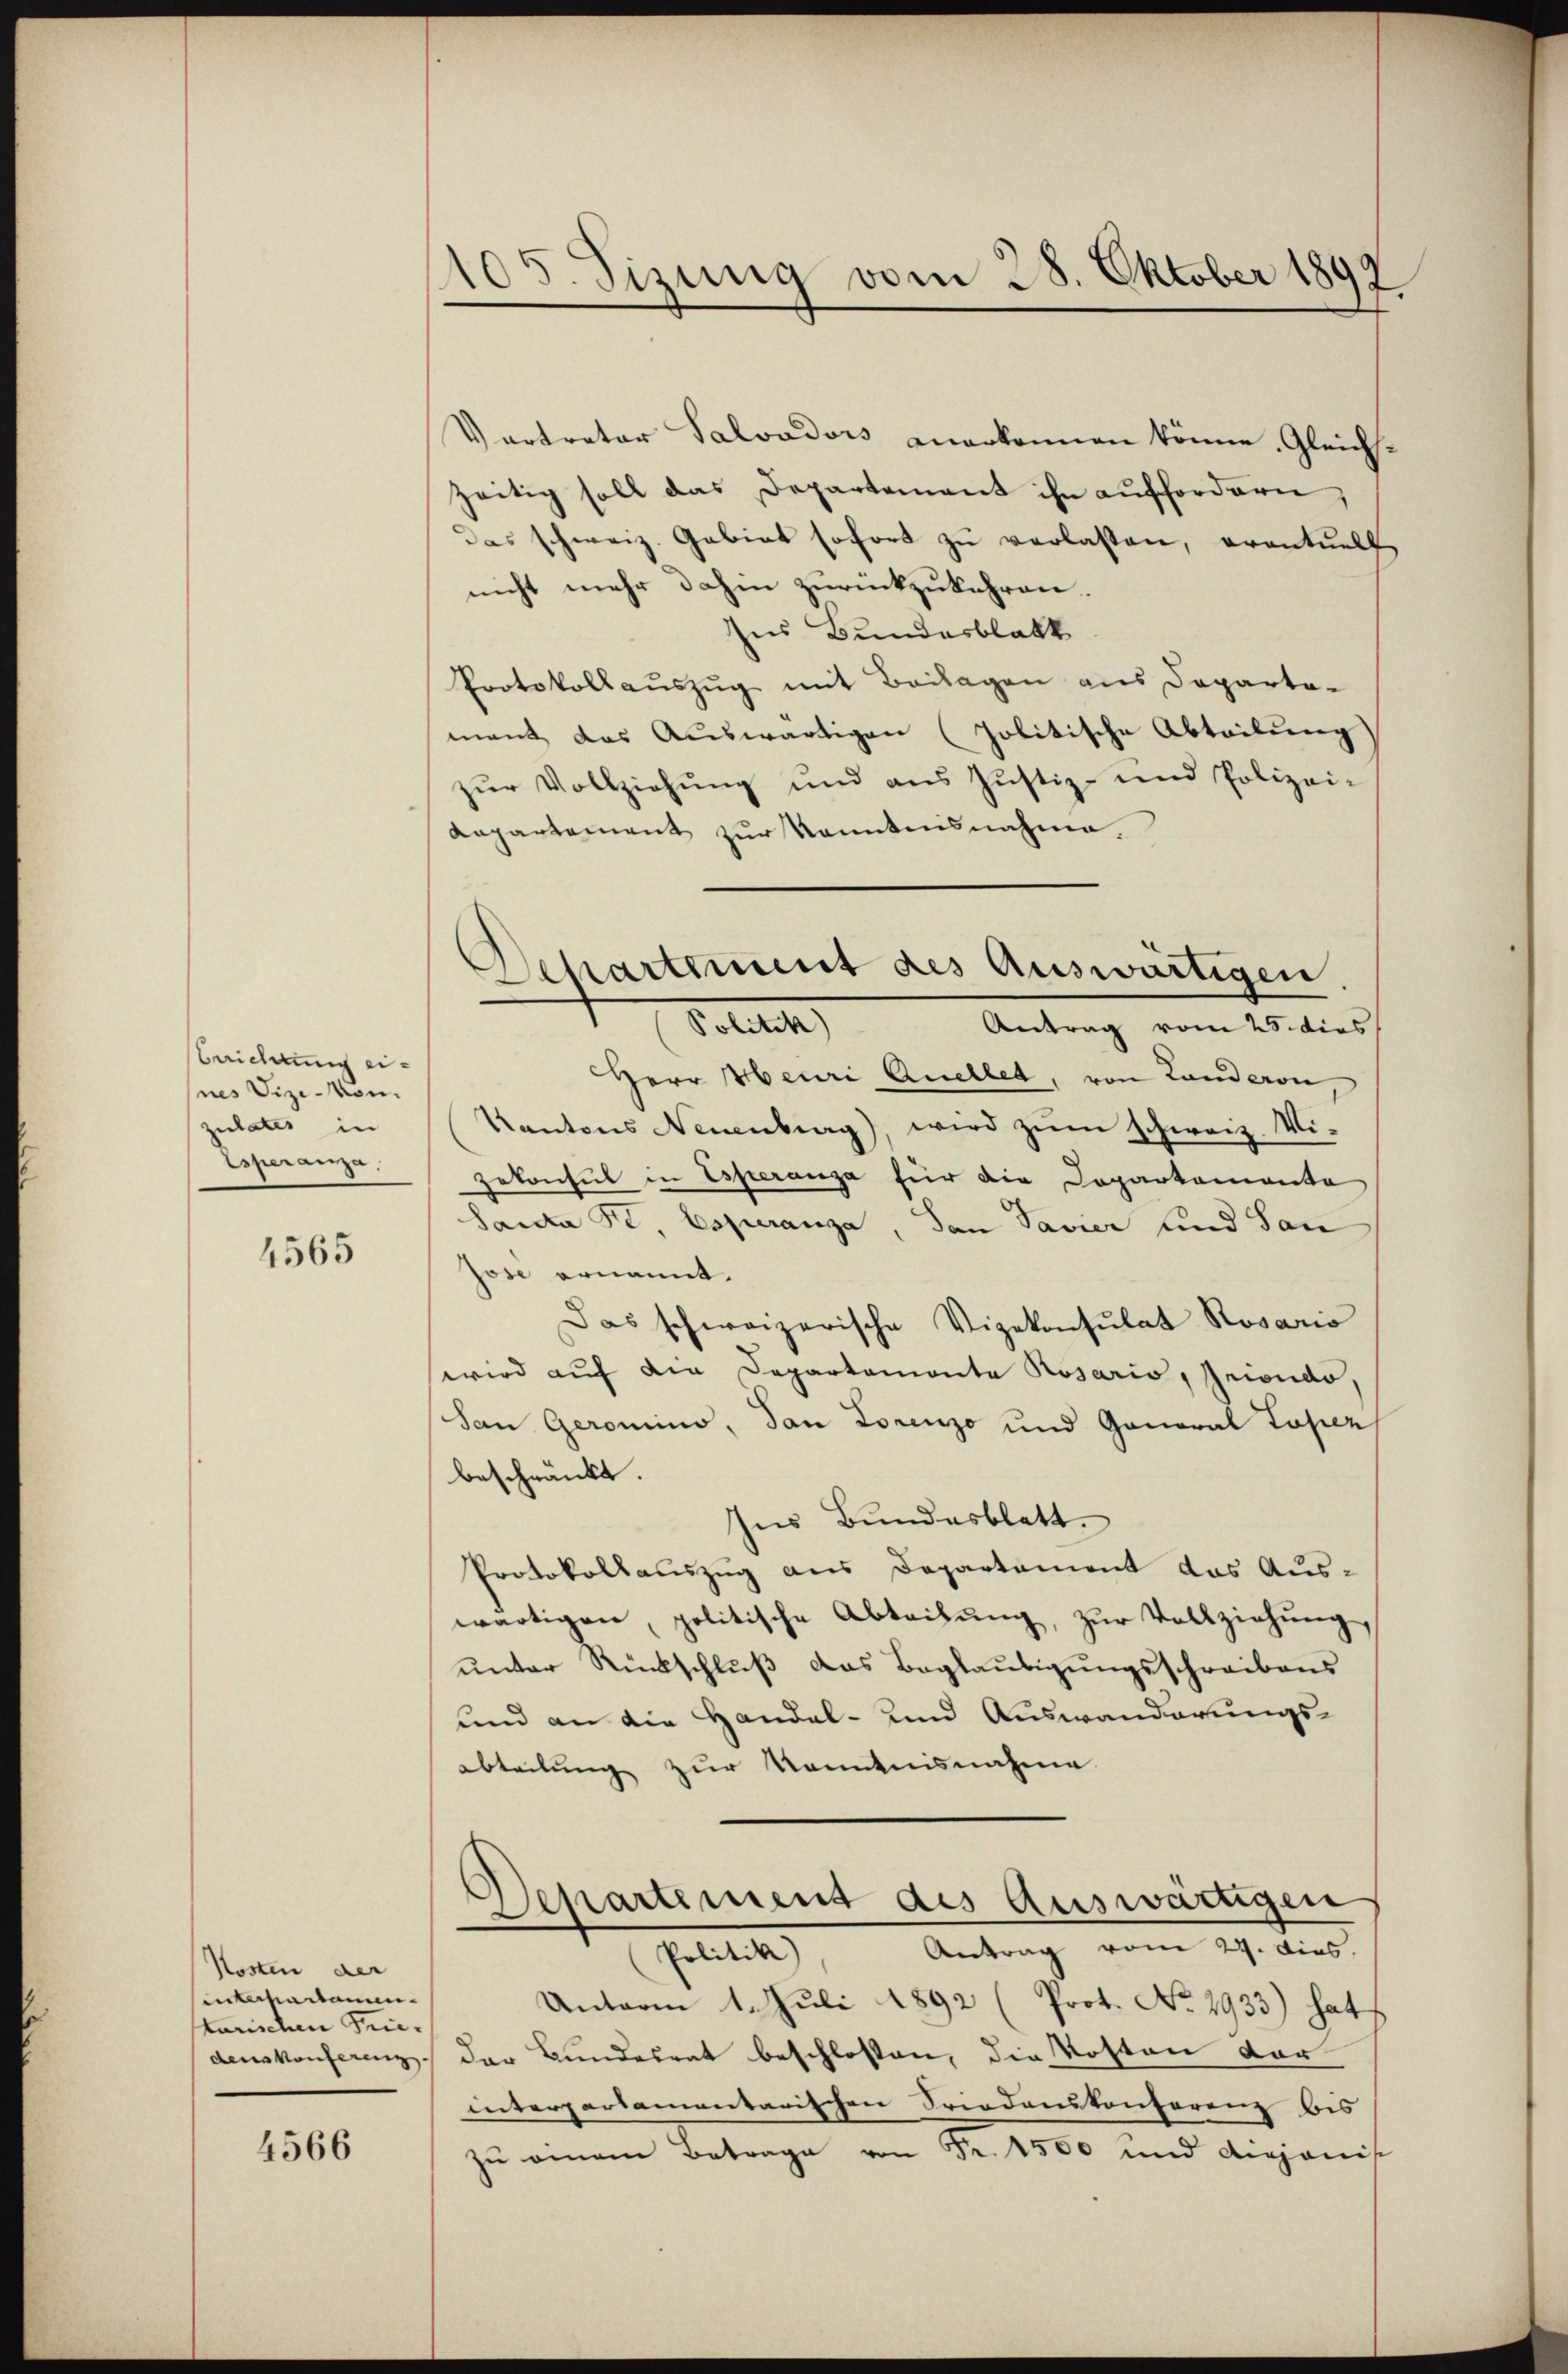
Berichtung eines Vize-von-
zulates in
Esperanza.

4565

Kosten der
interhaitamen
tanischen Tridens konferenz

4566

105. Sizung vom 28. Oktober 1892

Vertreter Salvadors anerkennen könne. Gleichszeitig soll das Departement ihn auffordern,
Das schweiz. Gebiet sofort zu verlassen, eventuell
nicht mehr dahin zurückzukehren.
ns Bundesblatt
Protokollaŭszŭg mit Beilagen aus Departo-
mant das Auswärtigen (Politische Abteilung
zŭr Vollziehŭng und ans Justiz- und Polizei-
Kapartement zur Kenntnisnahme.
Herr Meuri Quellet, von Landeron
Kantons Neuenburg), wird zum schweiz. Vizekonsul in Esperanza für die Dopartementa
Santa Pt, Esperanza, den Tavier und San
jose ernannt.
Das schweizerische Vizekonsulat Rosario
wird auf die Departemonte Rosaris, Griondo,
San Geromino, dan Lorenzo und Ganoral Super
beschränkt.
Ins Bundesblatt.
Protokollsauszug aus Departement das Auswärtigen, politische Abteilŭng, zŭr Vollziehung,
ŭnter Rückschlŭβ das Baglaŭbigŭngsschreibens
und an die Handal- und Auswanderungs-
abteilung zur Kenntnisnahme
Departement des Auswärtigen
Antrag vom 29. dies.
Freitete
Unterm 1. Juli 1892 (Prot. No. 2933) hat
der Bundesrat beschlossen, die Kosten der
interpartamentarischen Friedenskonferenz bis
zu einem Betrage von Fr. 1500 und dejanis

Departement des Auswärtigen
Folette
Antrag vom 25. dies